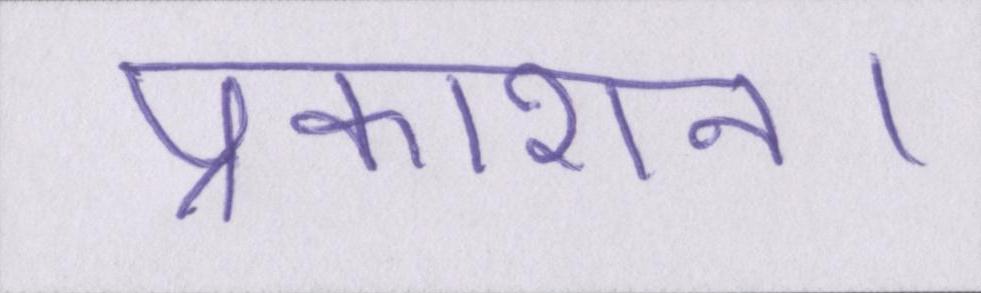
प्रकाशन।